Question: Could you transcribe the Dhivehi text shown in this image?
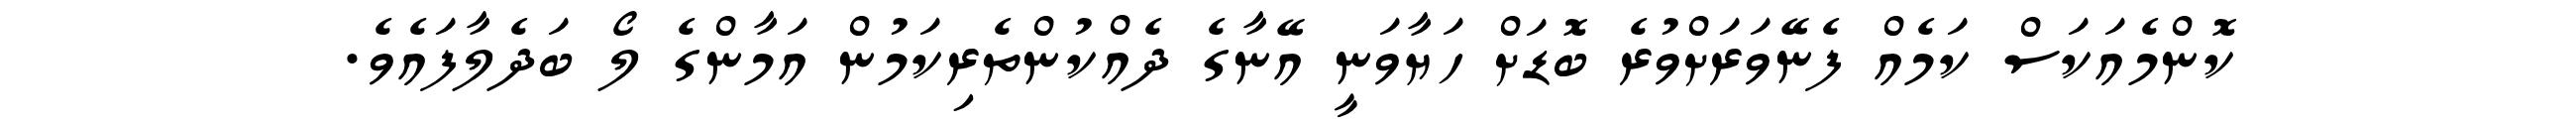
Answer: ކޮންމެއަކަސް ކަމެއް ފެނޭވަރަށްވުރެ ބޮޑަށް ހަޔާވަނީ އޭނާގެ ދެއްކުންތެރިކަމުން އަމާންގެ ލޯ ބަދެލާފައެވެ.